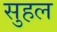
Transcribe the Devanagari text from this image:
सुहल